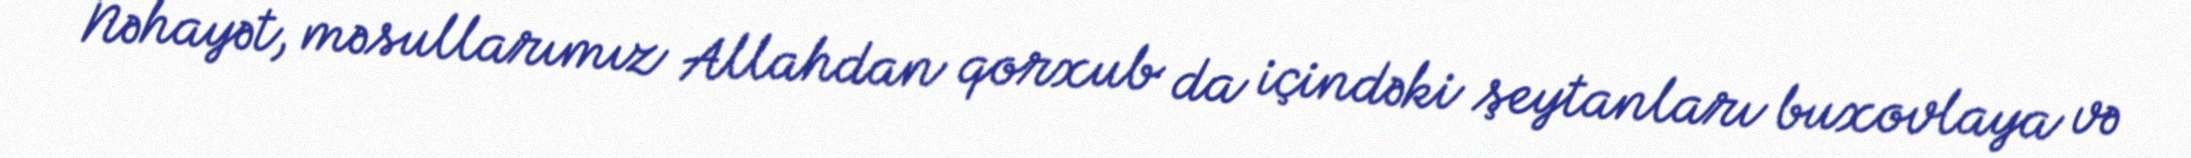
Nəhayət, məsullarımız Allahdan qorxub da içindəki şeytanları buxovlaya və